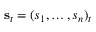
{ \bf s } _ { t } = ( s _ { 1 } , \ldots , s _ { n } ) _ { t }